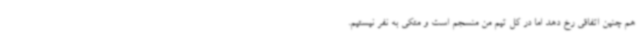
هم چنین اتفاقی رخ دهد اما در کل تیم من منسجم است و متکی به نفر نیستیم.